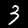
Label: 3